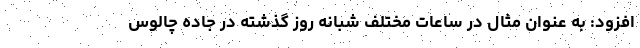
افزود: به عنوان مثال در ساعات مختلف شبانه روز گذشته در جاده چالوس